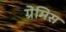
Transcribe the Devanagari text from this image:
ग्रेमिस